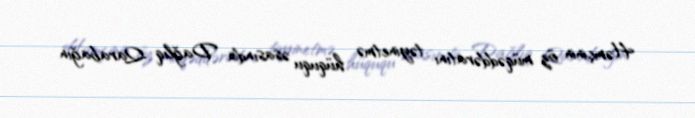
Həmçinin öz müqəddəratını təyinetmə hüququ əsasında Dağlıq Qarabağın